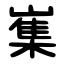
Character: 㠍